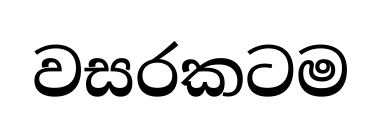
වසරකටම